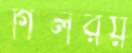
গিলরয়